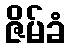
ဇိမ်ခံ